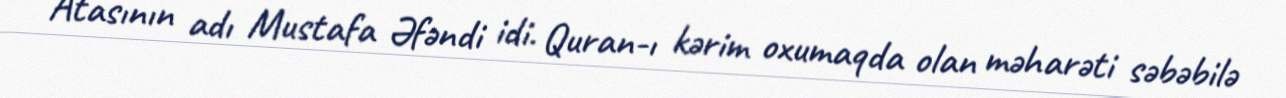
Atasının adı Mustafa Əfəndi idi. Quran-ı kərim oxumaqda olan məharəti səbəbilə